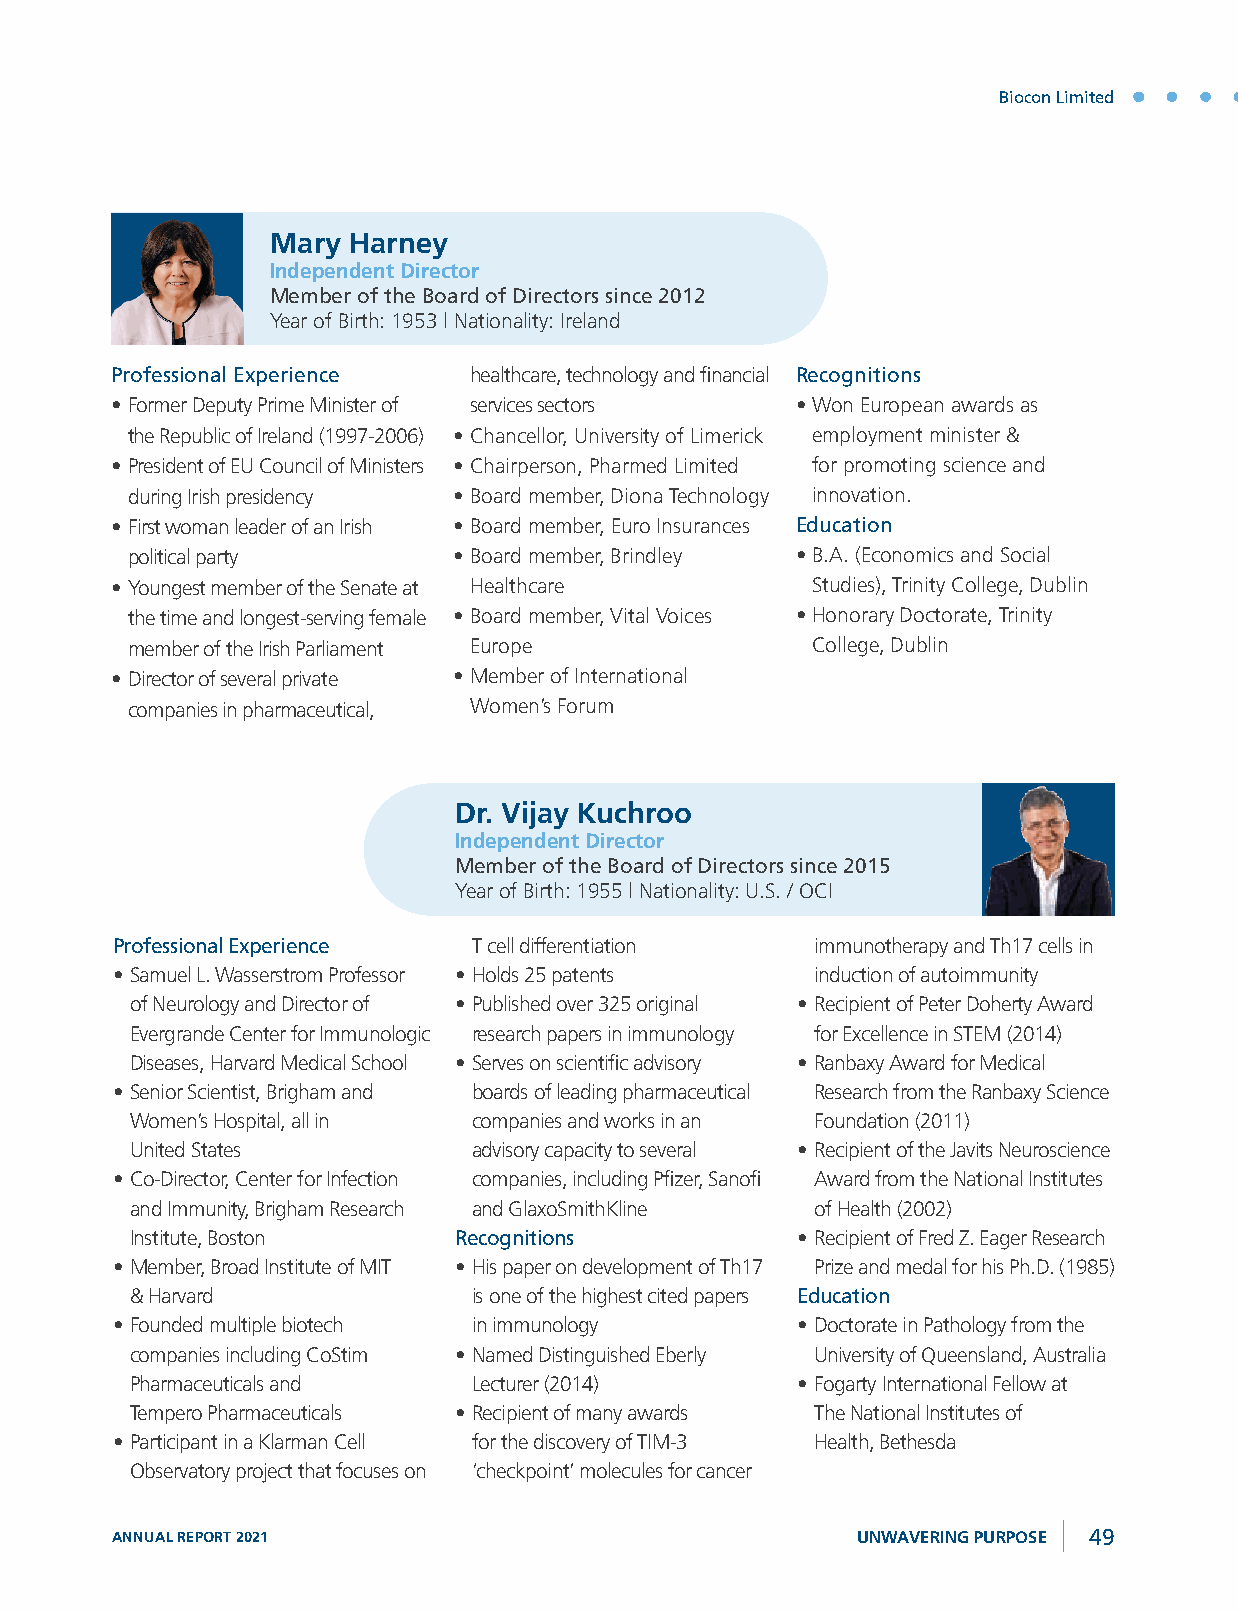
Biocon Limited
 Mary Harney
 Independent Director
 Member of the Board of Directors since 2012
 Year of Birth: 1953 | Nationality: Ireland
 Professional Experience healthcare, technology and financial Recognitions
 • Former Deputy Prime Minister of services sectors • Won European awards as
 the Republic of Ireland (1997-2006) • Chancellor, University of Limerick employment minister &
 • President of EU Council of Ministers • Chairperson, Pharmed Limited for promoting science and
 during Irish presidency • Board member, Diona Technology innovation.
 • First woman leader of an Irish • Board member, Euro Insurances Education
 political party       • Board member, Brindley • B.A. (Economics and Social
 • Youngest member of the Senate at Healthcare  Studies), Trinity College, Dublin
 the time and longest-serving female • Board member, Vital Voices • Honorary Doctorate, Trinity
 member of the Irish Parliament Europe         College, Dublin
 • Director of several private • Member of International
 companies in pharmaceutical, Women’s Forum
 Dr. Vijay Kuchroo
 Independent Director
 Member of the Board of Directors since 2015
 Year of Birth: 1955 | Nationality: U.S. / OCI
 Professional Experience T cell differentiation immunotherapy and Th17 cells in
 • Samuel L. Wasserstrom Professor • Holds 25 patents induction of autoimmunity
 of Neurology and Director of • Published over 325 original • Recipient of Peter Doherty Award
 Evergrande Center for Immunologic research papers in immunology for Excellence in STEM (2014)
 Diseases, Harvard Medical School • Serves on scientific advisory • Ranbaxy Award for Medical
 • Senior Scientist, Brigham and boards of leading pharmaceutical Research from the Ranbaxy Science
 Women’s Hospital, all in companies and works in an Foundation (2011)
 United States         advisory capacity to several • Recipient of the Javits Neuroscience
 • Co-Director, Center for Infection companies, including Pfizer, Sanofi Award from the National Institutes
 and Immunity, Brigham Research and GlaxoSmithKline of Health (2002)
 Institute, Boston    Recognitions           • Recipient of Fred Z. Eager Research
 • Member, Broad Institute of MIT • His paper on development of Th17 Prize and medal for his Ph.D. (1985)
 & Harvard             is one of the highest cited papers Education
 • Founded multiple biotech in immunology      • Doctorate in Pathology from the
 companies including CoStim • Named Distinguished Eberly University of Queensland, Australia
 Pharmaceuticals and   Lecturer (2014)       • Fogarty International Fellow at
 Tempero Pharmaceuticals • Recipient of many awards The National Institutes of
 • Participant in a Klarman Cell for the discovery of TIM-3 Health, Bethesda
 Observatory project that focuses on ‘checkpoint’ molecules for cancer
 ANNUAL REPORT 2021                                UNWAVERING PURPOSE 49